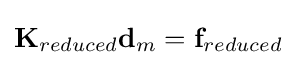
\mathbf {K} _{reduced}\mathbf {d} _{m}=\mathbf {f} _{reduced}